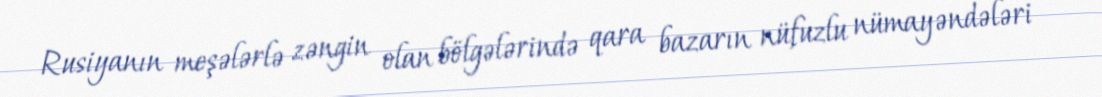
Rusiyanın meşələrlə zəngin olan bölgələrində qara bazarın nüfuzlu nümayəndələri